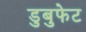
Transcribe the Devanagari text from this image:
डुबुफेट